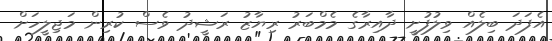
އެފަދަ ބިލެއް ވިލުފުށީ ދާއިރާގެ މެމްބަރު ރިޔާޒު ރަޝީދު ވެސް ކުރިން މަޖިލީހަށް